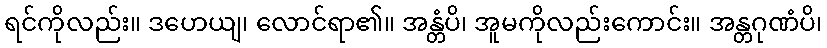
ရင်ကိုလည်း။ ဒဟေယျ၊ လောင်ရာ၏။ အန္တံပိ၊ အူမကိုလည်းကောင်း။ အန္တဂုဏံပိ၊